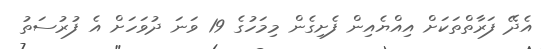
އެދޭ ފަރާތްތަކަށް އިއްޔެއިން ފެށިގެން މިމަހުގެ 19 ވަނަ ދުވަހަށް އެ ފުރުސަތު